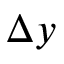
\Delta y